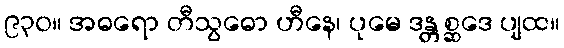
၉၃၀။ အဓရော တီသွဓော ဟီနေ၊ ပုမေ ဒန္တစ္ဆဒေ ပျထ။